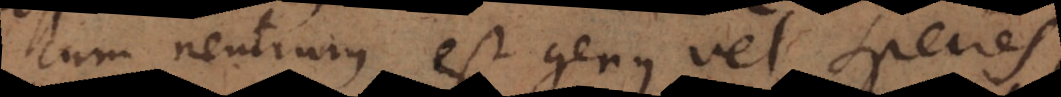
cum neutrum est genus vel